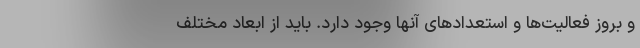
و بروز فعالیت‌ها و استعدادهای آنها وجود دارد. باید از ابعاد مختلف